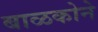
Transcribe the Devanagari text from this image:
बाळकोने